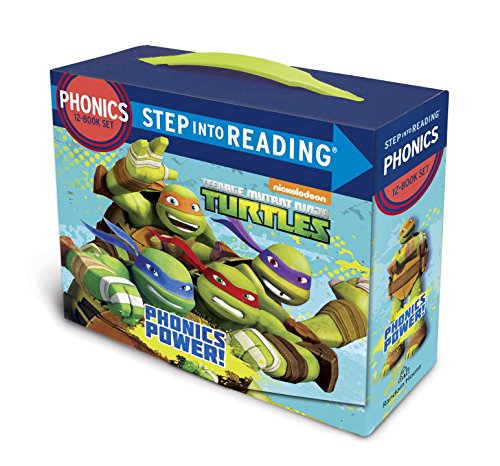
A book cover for Phonics Power! (Teenage Mutant Ninja Turtles) (Step into Reading); Jennifer Liberts; Reference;